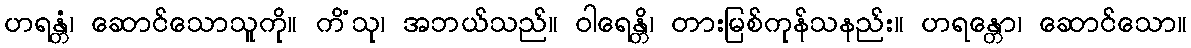
ဟရန္တံ၊ ဆောင်သောသူကို။ ကိံသု၊ အဘယ်သည်။ ဝါရေန္တိ၊ တားမြစ်ကုန်သနည်း။ ဟရန္တော၊ ဆောင်သော။